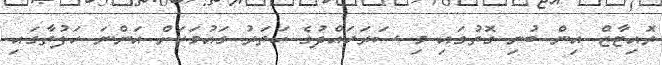
ރޮއިޓާޒް އިން ބުނި ގޮތުގައި މި ސަރަހައްދުގެ ހަތަރު ގައުުމަކަށް އަންނަ ހަފުތާގައި